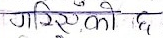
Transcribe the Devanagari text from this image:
गरिएको छ